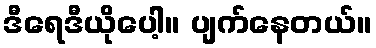
ဒီရေဒီယိုပေါ့။ ပျက်နေတယ်။